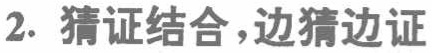
2. 猜证结合，边猜边证